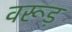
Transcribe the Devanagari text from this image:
वरूड़